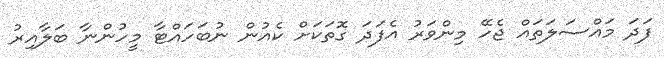
ފަދަ މައްސަލަތައް ޖެހޭ މިންވަރު އެފަދަ ގޮތަކަށް ކެއުން ނުބަހައްޓާ މީހުންނާ ބަލާއިރު